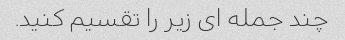
چند جمله ای زیر را تقسیم کنید.